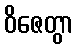
ဝိဇေတွာ